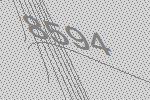
8594